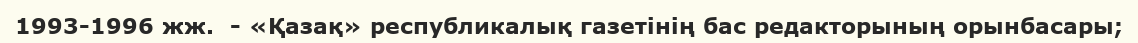
1993-1996 жж.  - «Қазақ» республикалық газетінің бас редакторының орынбасары;